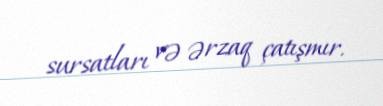
sursatları və ərzaq çatışmır.